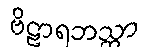
ဗိဠာရဘသ္တာ